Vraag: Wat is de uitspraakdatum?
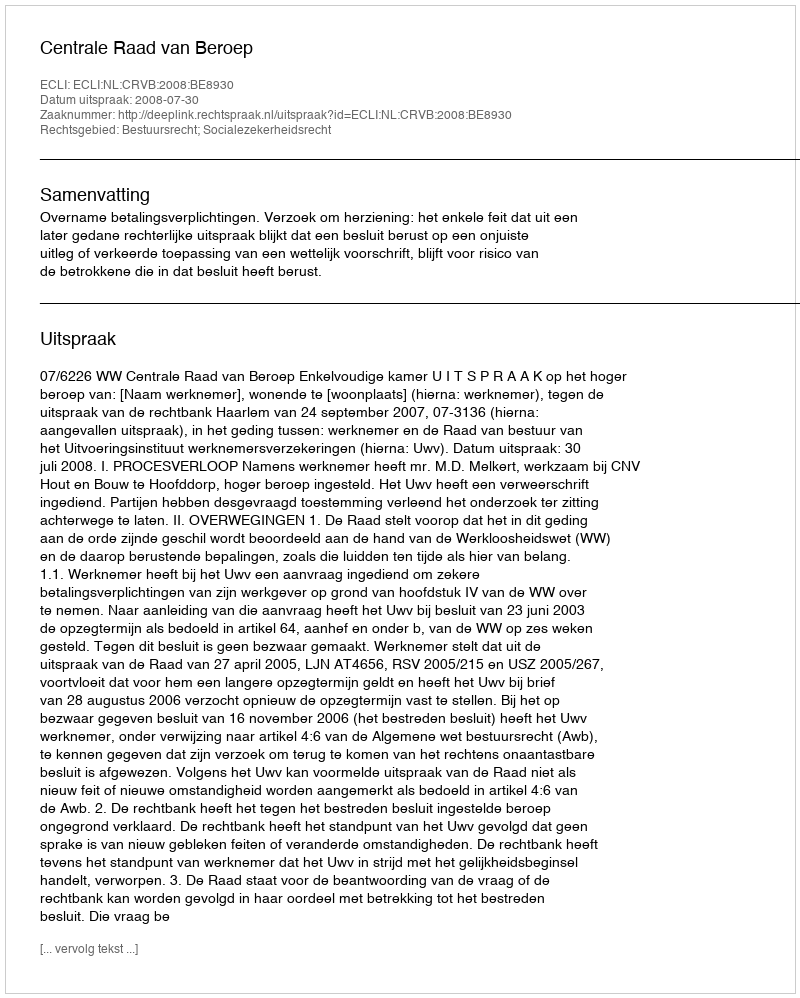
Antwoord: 2008-07-30